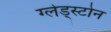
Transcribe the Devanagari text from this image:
ग्लेड्स्टोन